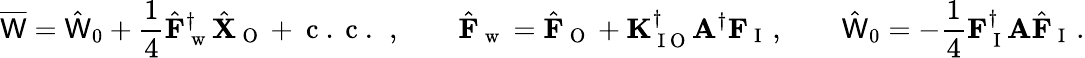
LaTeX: \overline{{\mathsf{W}}}=\hat{\mathsf{W}}_{0}+\frac{1}{4}\hat{\mathbf{F}}_{\mathrm{~w~}}^{\dagger}\hat{\mathbf{X}}_{\mathrm{~O~}}+\mathrm{~c~.~c~.~}\, ,\qquad\hat{\mathbf{F}}_{\mathrm{~w~}}=\hat{\mathbf{F}}_{\mathrm{~O~}}+\mathbf{K}_{\mathrm{~I~O~}}^{\dagger}\mathbf{A}^{\dagger}\mathbf{F}_{\mathrm{~I~}}\, ,\qquad\hat{\mathsf{W}}_{0}=-\frac{1}{4}\mathbf{F}_{\mathrm{~I~}}^{\dagger}\mathbf{A}\hat{\mathbf{F}}_{\mathrm{~I~}}\, .